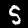
Label: 5